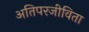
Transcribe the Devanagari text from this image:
अतिपरजीविता